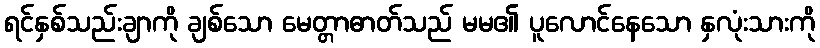
ရင်နှစ်သည်းချာကို ချစ်သော မေတ္တာဓာတ်သည် မမ၏ ပူလောင်နေသော နှလုံးသားကို